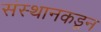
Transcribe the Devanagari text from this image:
संस्थानकडून